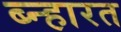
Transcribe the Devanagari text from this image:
ब्न्हारत